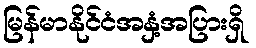
မြန်မာနိုင်ငံအနှံ့အပြားရှိ